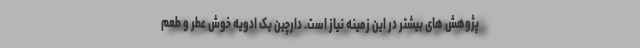
پژوهش های بیشتر در این زمینه نیاز است. دارچین یک ادویه خوش عطر و طعم